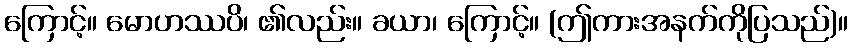
ကြောင့်။ မောဟဿပိ၊ ၏လည်း။ ခယာ၊ ကြောင့်။ (ဤကားအနက်ကိုပြသည်)။